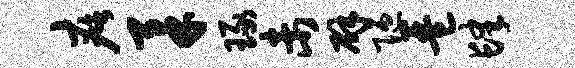
疵柔琢未辟陋琶肆